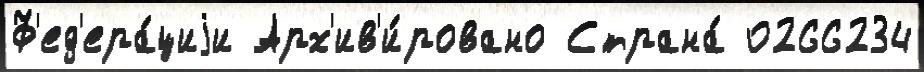
Ф'ед'ера́циjи Арх'ив'и́ровано Страна́ 0266234